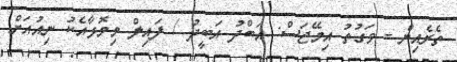
ތެރެއިން - ވަގުތު އިމޭޖަސް: އަބްދު އަބީދު / ފައިލް މިމޮޅާއެކު ނިއުއަށް